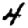
Digit: 4